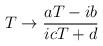
LaTeX: \begin{align*}T \rightarrow \frac{aT-ib}{icT+d} \end{align*}